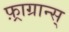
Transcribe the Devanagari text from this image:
फ़्राग्रान्स्